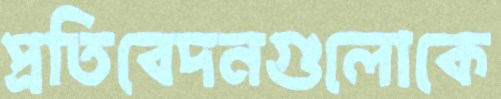
প্রতিবেদনগুলোকে